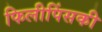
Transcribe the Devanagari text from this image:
फिलीपिंसकी